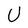
Character: U